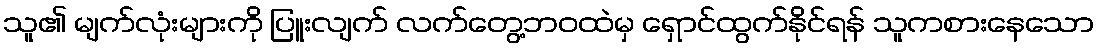
သူ၏ မျက်လုံးများကို ပြူးလျက် လက်တွေ့ဘဝထဲမှ ရှောင်ထွက်နိုင်ရန် သူကစားနေသော